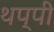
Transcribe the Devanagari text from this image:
थप्पी